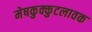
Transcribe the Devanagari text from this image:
मेषकुक्कुटलावक